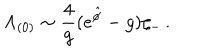
LaTeX: { \Lambda _ { ( 0 ) } \sim { \frac { 4 } { g } } ( e ^ { \hat { \phi } } - g ) \zeta _ { - } \, . }